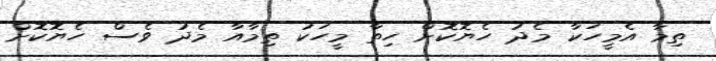
ތިމާ އެމީހަކާ މެދު ހެޔޮކޮށް ހިތާ މީހަކު ތިމާއާ މެދު ވެސް ހެޔޮކޮށް